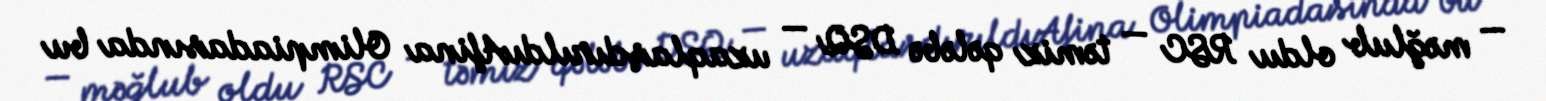
— məğlub oldu RSC — təmiz qələbə DSQ — uzaqlaşdırıldıAfina Olimpiadasında bu